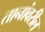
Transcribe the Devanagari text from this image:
तानांवरील